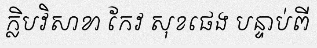
ក្លិបវិសាខា កែវ សុខផេង បន្ទាប់ពី